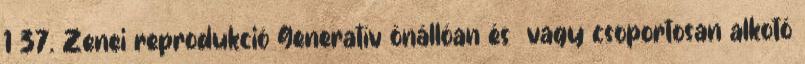
1 37. Zenei reprodukció Generatív önállóan és vagy csoportosan alkotó